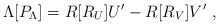
\begin{align*}\Lambda[P_\Lambda] = R[R_U]U' - R[R_V]V'\ ,\end{align*}